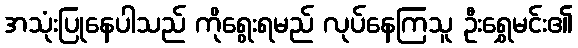
အသုံးပြုနေပါသည် ကိုရွေးရမည် လုပ်နေကြသူ ဦးရွှေမင်း၏